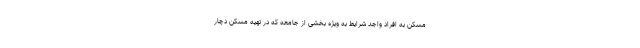
مسکن به افراد واجد شرایط به ویژه بخشی از جامعه که در تهیه مسکن دچار